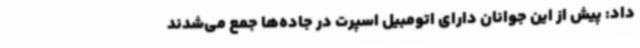
داد: پیش از این جوانان دارای اتومبیل اسپرت در جاده‌ها جمع می‌شدند